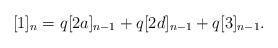
LaTeX: \begin{align*}[1]_n = q [2a]_{n-1} + q [2d]_{n-1} + q [3]_{n-1}.\end{align*}